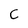
Character: C